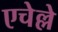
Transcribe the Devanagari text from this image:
एचेल्ले